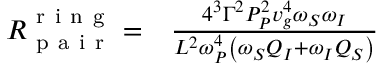
\begin{array} { r l } { R _ { \mathrm { ~ p ~ a ~ i ~ r ~ } } ^ { \mathrm { ~ r ~ i ~ n ~ g ~ } } = } & { { } \frac { 4 ^ { 3 } \Gamma ^ { 2 } P _ { P } ^ { 2 } v _ { g } ^ { 4 } \omega _ { S } \omega _ { I } } { L ^ { 2 } \omega _ { P } ^ { 4 } \left( \omega _ { S } Q _ { I } + \omega _ { I } Q _ { S } \right) } } \end{array}